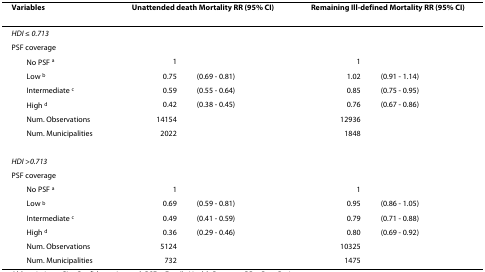
<table><thead><tr><td><b>Variables</b></td><td colspan="2"><b>Unattended death Mortality RR (95% CI)</b></td><td colspan="2"><b>Remaining Ill-defined Mortality RR (95% CI)</b></td></tr></thead><tbody><tr><td colspan="5"><i>HDI </i>≤ <i>0.713</i></td></tr><tr><td colspan="5">PSF coverage</td></tr><tr><td> No PSF <sup>a</sup></td><td>1</td><td></td><td>1</td><td></td></tr><tr><td> Low <sup>b</sup></td><td>0.75</td><td>(0.69 - 0.81)</td><td>1.02</td><td>(0.91 - 1.14)</td></tr><tr><td> Intermediate <sup>c</sup></td><td>0.59</td><td>(0.55 - 0.64)</td><td>0.85</td><td>(0.75 - 0.95)</td></tr><tr><td> High <sup>d</sup></td><td>0.42</td><td>(0.38 - 0.45)</td><td>0.76</td><td>(0.67 - 0.86)</td></tr><tr><td> Num. Observations</td><td>14154</td><td></td><td>12936</td><td></td></tr><tr><td> Num. Municipalities</td><td>2022</td><td></td><td>1848</td><td></td></tr><tr><td colspan="5"><i>HDI &gt;0.713</i></td></tr><tr><td colspan="5">PSF coverage</td></tr><tr><td> No PSF <sup>a</sup></td><td>1</td><td></td><td>1</td><td></td></tr><tr><td> Low <sup>b</sup></td><td>0.69</td><td>(0.59 - 0.81)</td><td>0.95</td><td>(0.86 - 1.05)</td></tr><tr><td> Intermediate <sup>c</sup></td><td>0.49</td><td>(0.41 - 0.59)</td><td>0.79</td><td>(0.71 - 0.88)</td></tr><tr><td> High <sup>d</sup></td><td>0.36</td><td>(0.29 - 0.46)</td><td>0.80</td><td>(0.69 - 0.92)</td></tr><tr><td> Num. Observations</td><td>5124</td><td></td><td>10325</td><td></td></tr><tr><td> Num. Municipalities</td><td>732</td><td></td><td>1475</td><td></td></tr></tbody></table>